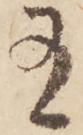
有